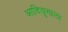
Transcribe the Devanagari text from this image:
आदियुगाला